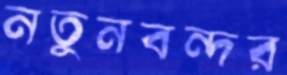
নতুনবন্দর